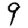
Digit: 9